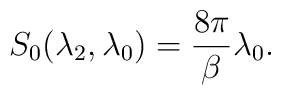
S_0(\lambda_2,\lambda_0)=\frac{8\pi}{\beta}\lambda_0.